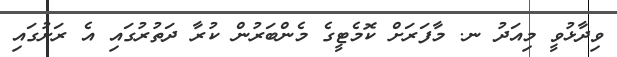
ވިދާޅުވީ މިއަދު ނ. މާފަރަށް ކޮމެޓީގެ މެންބަރުން ކުރާ ދަތުރުގައި އެ ރަށުގައި